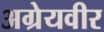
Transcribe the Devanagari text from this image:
अग्रेयवीर